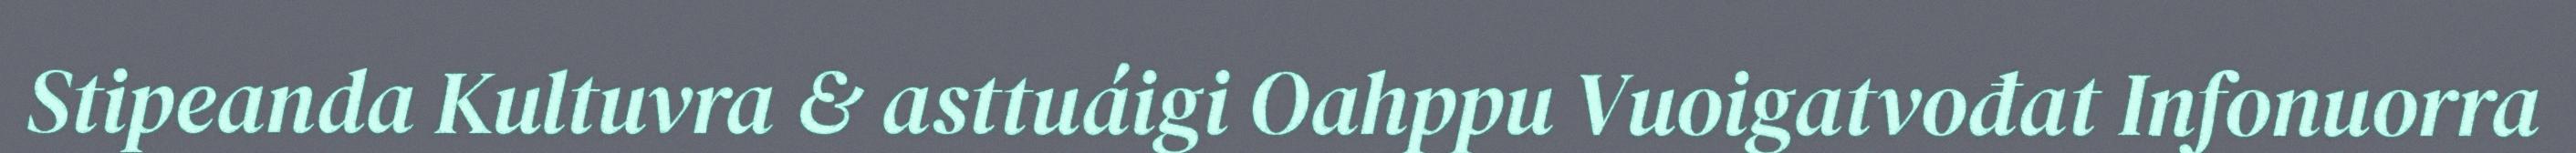
Stipeanda Kultuvra & asttuáigi Oahppu Vuoigatvođat Infonuorra